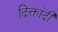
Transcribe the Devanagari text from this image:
दिक्तांदी